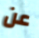
عن